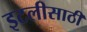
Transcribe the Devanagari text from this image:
इटलीसाठी